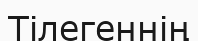
Тілегеннің